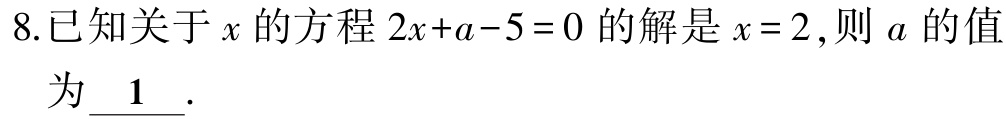
8.已知关于\(x\)的方程\(2x + a - 5 = 0\)的解是\(x = 2\)，则\(a\)的值为\(\underline{1}\).